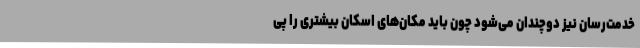
خدمت‌رسان نیز دوچندان می‌شود چون باید مکان‌های اسکان بیشتری را پی